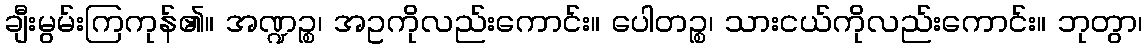
ချီးမွမ်းကြကုန်၏။ အဏ္ဍဉ္စ၊ အဥကိုလည်းကောင်း။ ပေါတဉ္စ၊ သားငယ်ကိုလည်းကောင်း။ ဘုတွာ၊